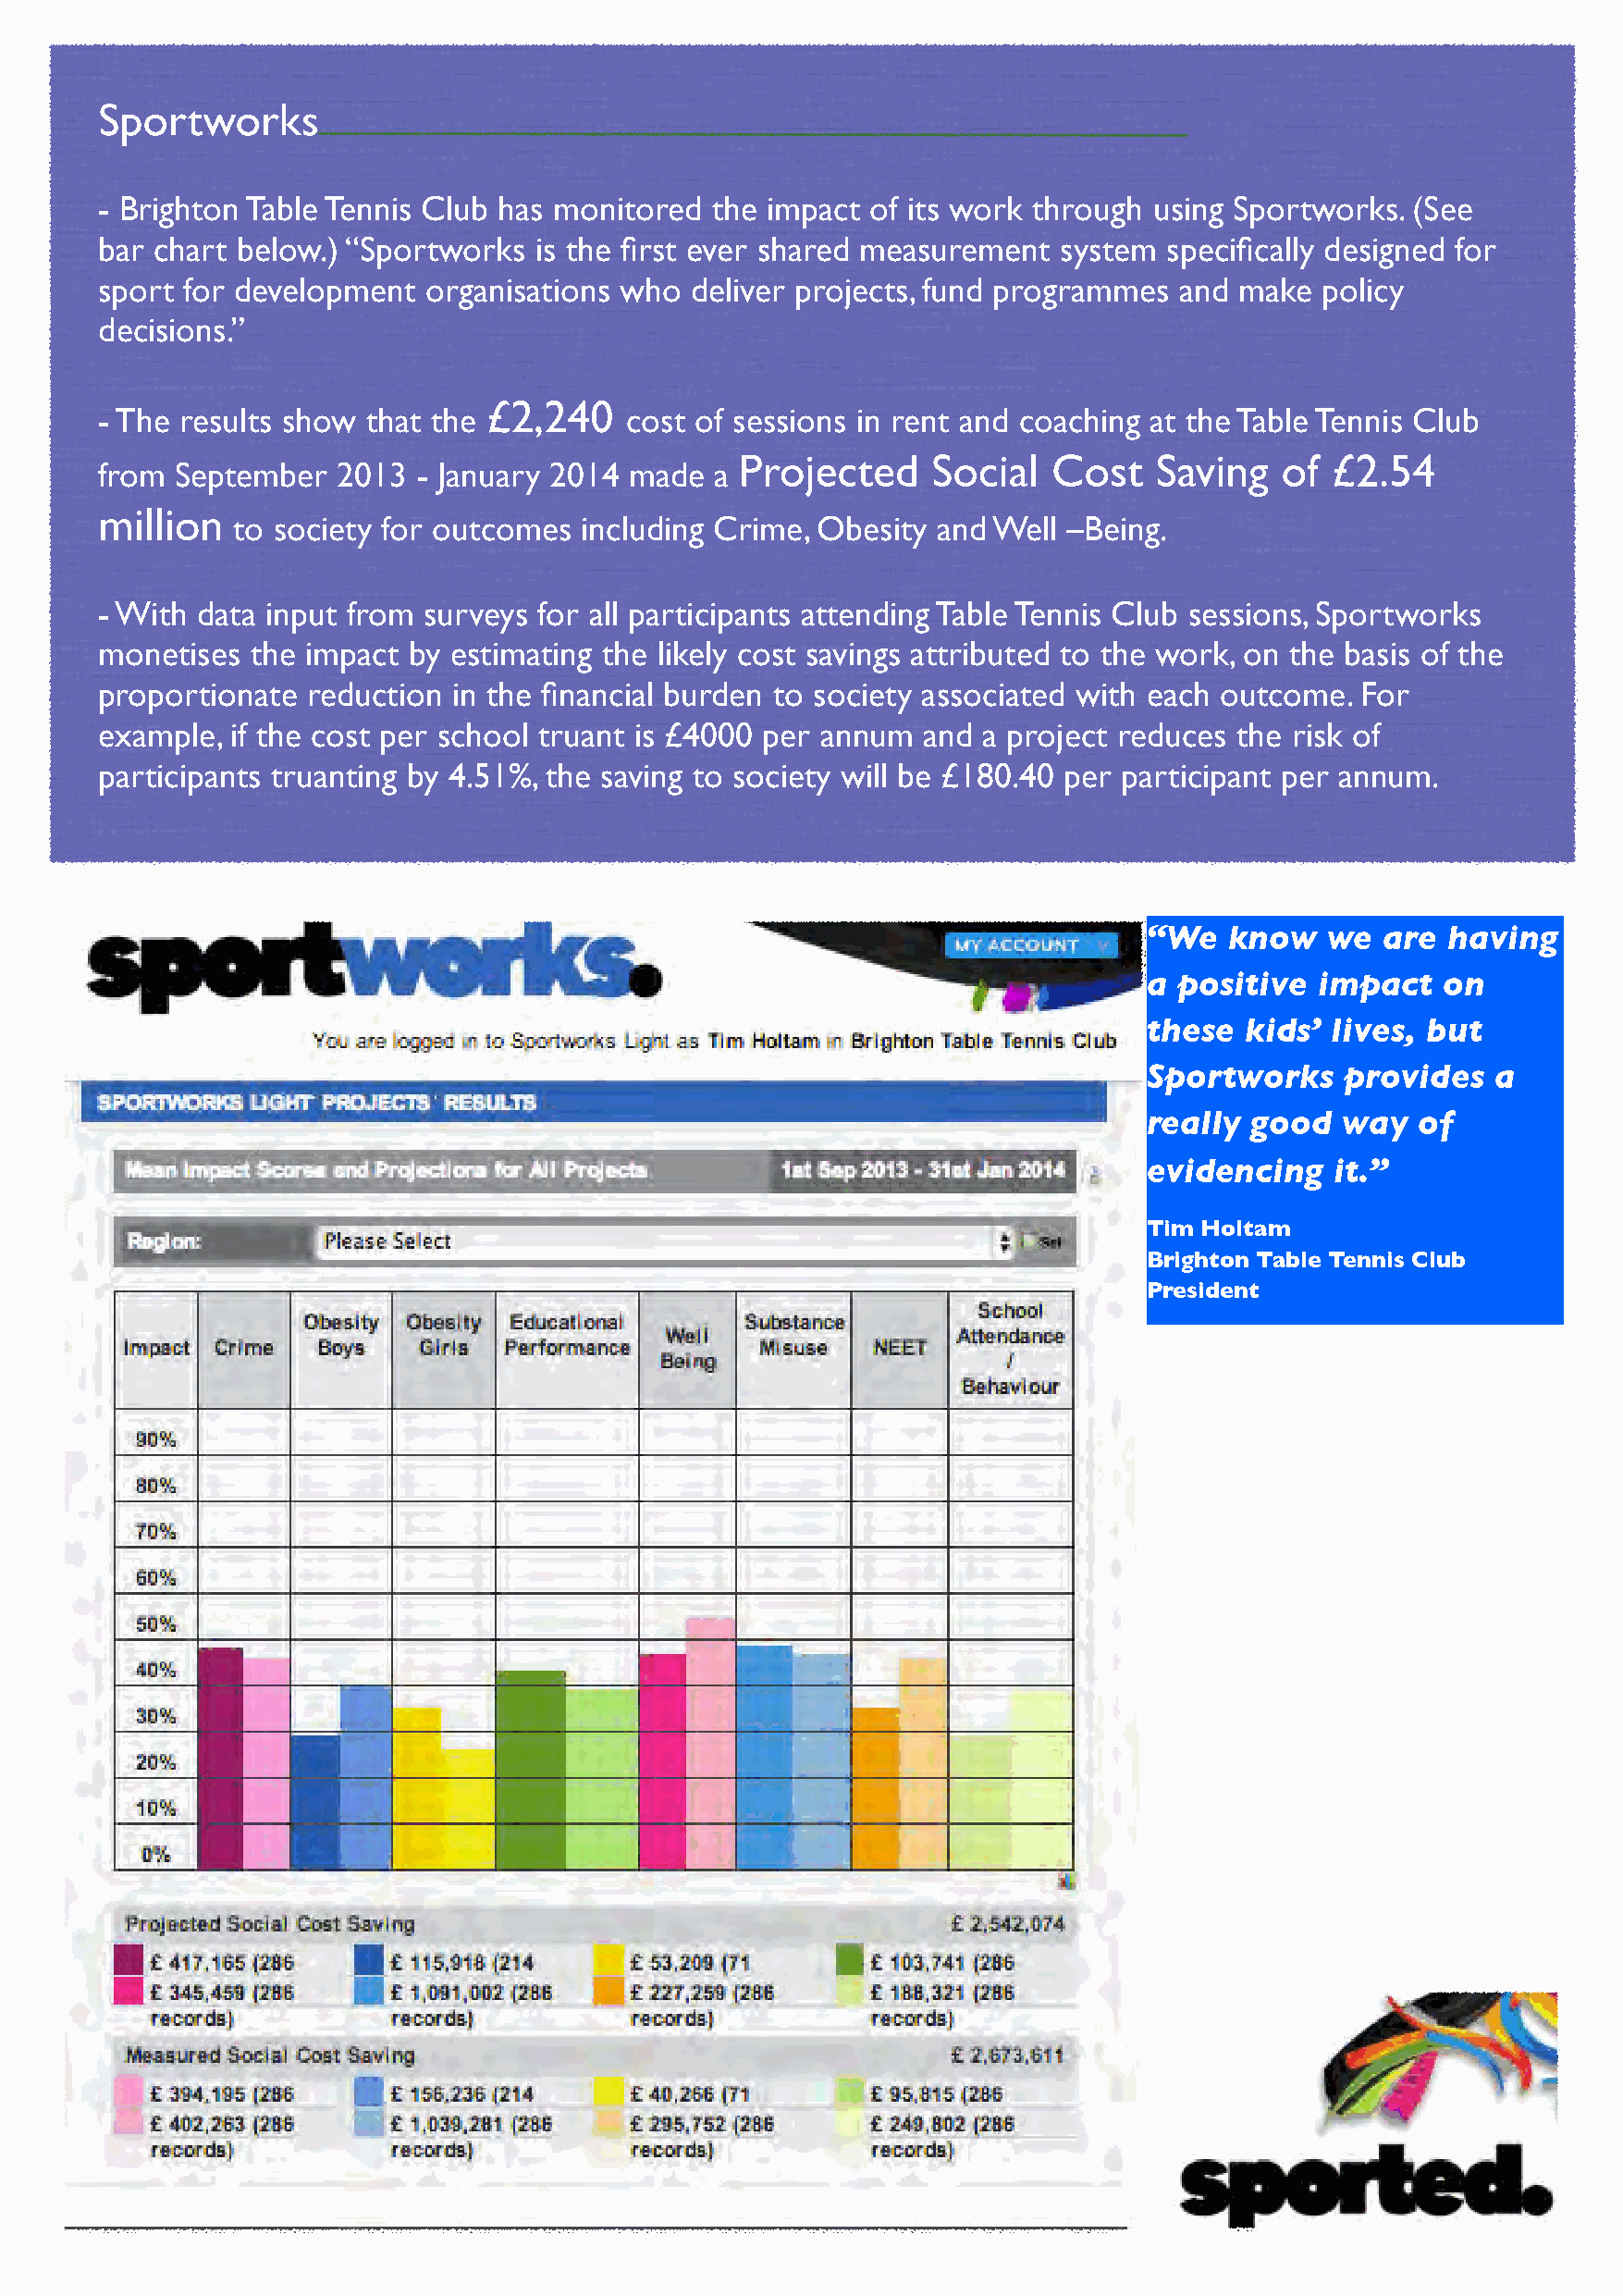
Sportworks
 - Brighton Table Tennis Club has monitored  the impact of its work through  using Sportworks. (See
 bar chart below.) “Sportworks  is the first ever shared measurement  system specifically designed for
 sport for development  organisations who  deliver projects, fund programmes  and  make  policy
 decisions.”
 £2,240
 - The results show that the           cost of sessions in rent and coaching at the Table Tennis Club
 Projected     Social  Cost    Saving   of £2.54
 from  September  2013  - January 2014 made  a
 million
 to society for outcomes  including Crime, Obesity and Well –Being.
 - With data input from surveys for all participants attending Table Tennis Club sessions, Sportworks
 monetises  the impact by estimating the likely cost savings attributed to the work, on the basis of the
 proportionate  reduction in the financial burden to society associated with each outcome. For
 example, if the cost per school truant is £4000 per annum  and a project reduces the risk of
 participants truanting by 4.51%, the saving to society will be £180.40 per participant per annum.
 “We   know   we  are  having
 a positive  impact   on
 these  kids’ lives, but
 Sportworks    provides   a
 really  good  way  of
 evidencing   it.”
 Tim Holtam
 Brighton Table Tennis Club
 President